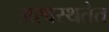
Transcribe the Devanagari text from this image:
अस्वस्थतेत